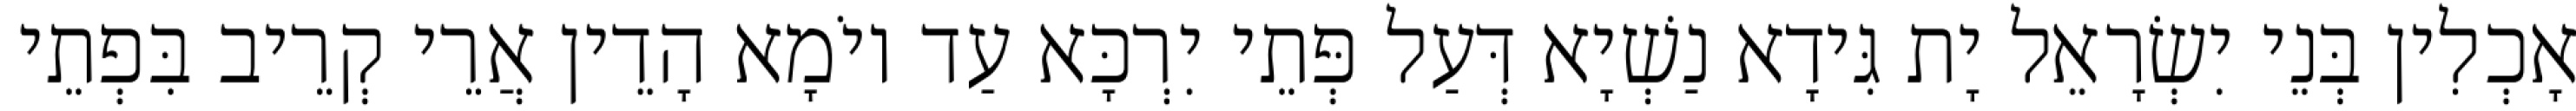
אָכְלִין בְּנֵי יִשְׂרָאֵל יָת גִּידָא נַשְׁיָא דְּעַל פְּתֵי יִרְכָּא עַד יוֹמָא הָדֵין אֲרֵי קְרֵיב בִּפְתֵי